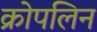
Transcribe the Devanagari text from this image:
क्रोपलिन